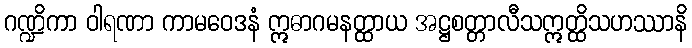
ဂဏ္ဍိကာ ဝါရဏာ ကာမဝေဒနံ ဣဓာဂမနတ္ထာယ အဋ္ဌစတ္တာလီသဣတ္ထိသဟဿာနိ